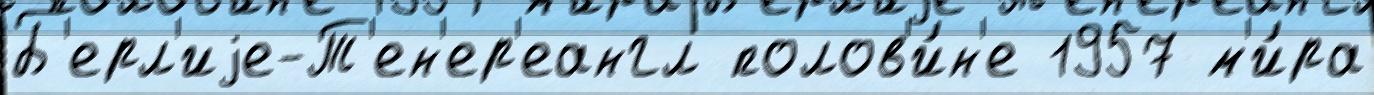
Б'ерл'иjе-Т'ен'ер'еангл полов'и́н'е 1957 м'и́ра